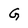
Character: G